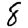
Digit: 8